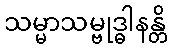
သမ္မာသမ္ဗုဒ္ဓါနန္တိ